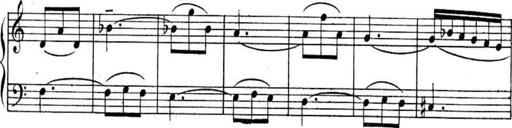
Title: Sonatines
Composer: Hedwige ChrÃ©tien